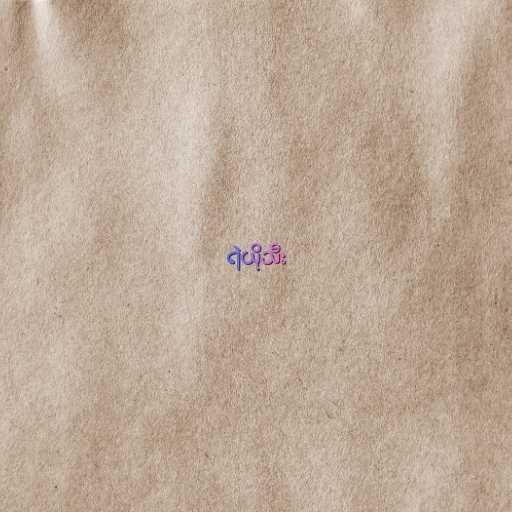
ရဲယိုသီး